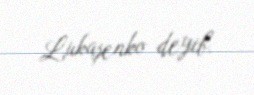
Lukaşenko deyib.